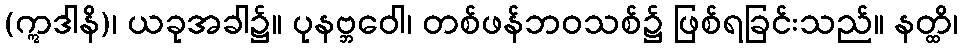
(ဣဒါနိ)၊ ယခုအခါ၌။ ပုနဗ္ဘဝေါ၊ တစ်ဖန်ဘဝသစ်၌ ဖြစ်ရခြင်းသည်။ နတ္ထိ၊